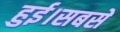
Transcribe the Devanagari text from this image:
हुई।सबसे